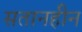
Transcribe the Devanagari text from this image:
सतानहीन